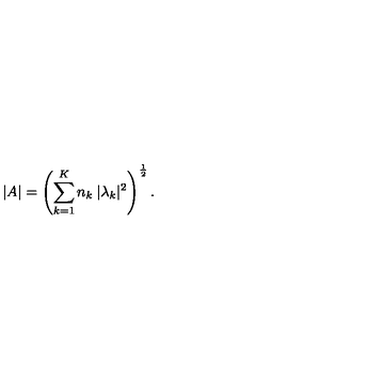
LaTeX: | A | = \left( \sum _ { k = 1 } ^ { K } n _ { k } \: | \lambda _ { k } | ^ { 2 } \right) ^ { \frac { 1 } { 2 } } .